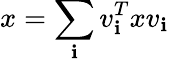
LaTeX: x=\sum_{\mathbf{i}}v_{\mathbf{i}}^{T}xv_{\mathbf{i}}